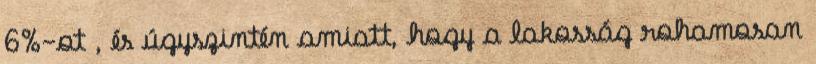
6%-ot , és úgyszintén amiatt, hogy a lakosság rohamosan